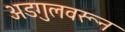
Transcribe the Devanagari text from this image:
अडगुलवरून